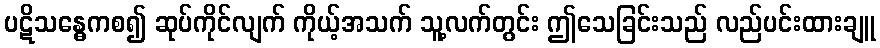
ပဋိသန္ဓေကစ၍ ဆုပ်ကိုင်လျက် ကိုယ့်အသက် သူ့လက်တွင်း ဤသေခြင်းသည် လည်ပင်းထားချူ